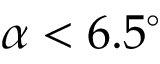
\alpha < 6 . 5 ^ { \circ }